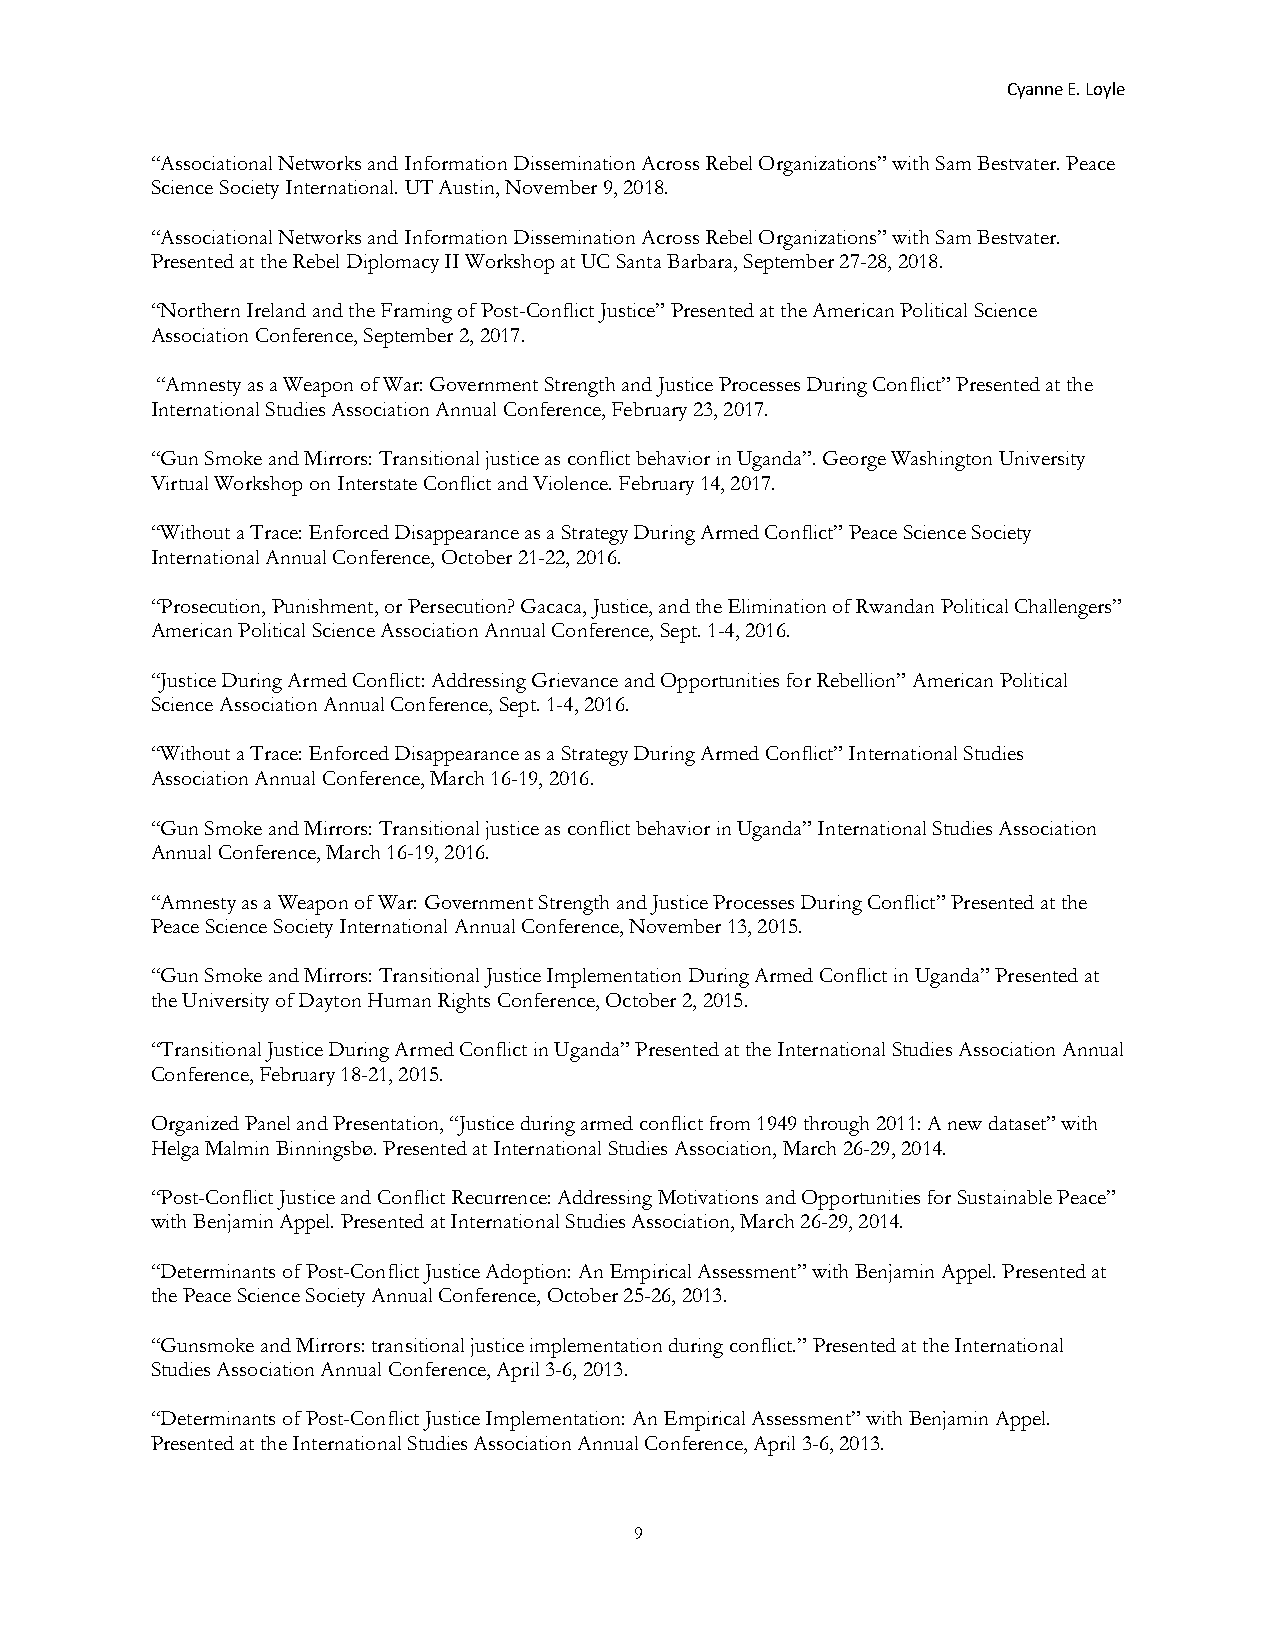
Cyanne E. Loyle
 “Associational Networks and Information Dissemination Across Rebel Organizations” with Sam Bestvater. Peace
 Science Society International. UT Austin, November 9, 2018.
 “Associational Networks and Information Dissemination Across Rebel Organizations” with Sam Bestvater.
 Presented at the Rebel Diplomacy II Workshop at UC Santa Barbara, September 27-28, 2018.
 “Northern Ireland and the Framing of Post-Conflict Justice” Presented at the American Political Science
 Association Conference, September 2, 2017.
 “Amnesty as a Weapon of War: Government Strength and Justice Processes During Conflict” Presented at the
 International Studies Association Annual Conference, February 23, 2017.
 “Gun Smoke and Mirrors: Transitional justice as conflict behavior in Uganda”. George Washington University
 Virtual Workshop on Interstate Conflict and Violence. February 14, 2017.
 “Without a Trace: Enforced Disappearance as a Strategy During Armed Conflict” Peace Science Society
 International Annual Conference, October 21-22, 2016.
 “Prosecution, Punishment, or Persecution? Gacaca, Justice, and the Elimination of Rwandan Political Challengers”
 American Political Science Association Annual Conference, Sept. 1-4, 2016.
 “Justice During Armed Conflict: Addressing Grievance and Opportunities for Rebellion” American Political
 Science Association Annual Conference, Sept. 1-4, 2016.
 “Without a Trace: Enforced Disappearance as a Strategy During Armed Conflict” International Studies
 Association Annual Conference, March 16-19, 2016.
 “Gun Smoke and Mirrors: Transitional justice as conflict behavior in Uganda” International Studies Association
 Annual Conference, March 16-19, 2016.
 “Amnesty as a Weapon of War: Government Strength and Justice Processes During Conflict” Presented at the
 Peace Science Society International Annual Conference, November 13, 2015.
 “Gun Smoke and Mirrors: Transitional Justice Implementation During Armed Conflict in Uganda” Presented at
 the University of Dayton Human Rights Conference, October 2, 2015.
 “Transitional Justice During Armed Conflict in Uganda” Presented at the International Studies Association Annual
 Conference, February 18-21, 2015.
 Organized Panel and Presentation, “Justice during armed conflict from 1949 through 2011: A new dataset” with
 Helga Malmin Binningsbø. Presented at International Studies Association, March 26-29, 2014.
 “Post-Conflict Justice and Conflict Recurrence: Addressing Motivations and Opportunities for Sustainable Peace”
 with Benjamin Appel. Presented at International Studies Association, March 26-29, 2014.
 “Determinants of Post-Conflict Justice Adoption: An Empirical Assessment” with Benjamin Appel. Presented at
 the Peace Science Society Annual Conference, October 25-26, 2013.
 “Gunsmoke and Mirrors: transitional justice implementation during conflict.” Presented at the International
 Studies Association Annual Conference, April 3-6, 2013.
 “Determinants of Post-Conflict Justice Implementation: An Empirical Assessment” with Benjamin Appel.
 Presented at the International Studies Association Annual Conference, April 3-6, 2013.
 9